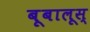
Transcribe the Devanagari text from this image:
बूबालूस्